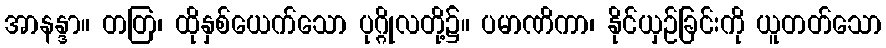
အာနန္ဒာ။ တတြ၊ ထိုနှစ်ယေက်သော ပုဂ္ဂိုလတို့၌။ ပမာဏိကာ၊ နိုင်ယှဉ်ခြင်းကို ယူတတ်သော